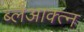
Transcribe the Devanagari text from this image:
ब्लेआक्त्न